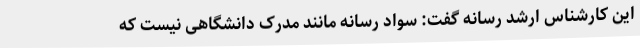
این کارشناس ارشد رسانه گفت: سواد رسانه مانند مدرک دانشگاهی نیست که